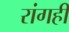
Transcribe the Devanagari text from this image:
रांगही